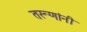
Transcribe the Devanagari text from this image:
तरूणांनी